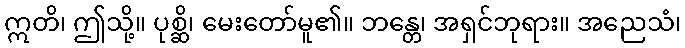
ဣတိ၊ ဤသို့။ ပုစ္ဆိ၊ မေးတော်မူ၏။ ဘန္တေ၊ အရှင်ဘုရား။ အညေသံ၊